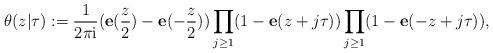
LaTeX: \begin{align*}\theta(z|\tau):={1\over{2\pi\mathrm{i}}}(\mathbf e({z\over 2})-\mathbf e(-{z\over 2}))\prod_{j\geq 1}(1-\mathbf e(z+j\tau))\prod_{j\geq 1}(1-\mathbf e(-z+j\tau)), \end{align*}